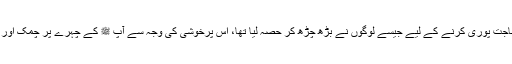
ان فقرا کی حاجت پوری کرنے کے لیے جیسے لوگوں نے بڑھ چڑھ کر حصہ لیا تھا، اس پرخوشی کی وجہ سے آپ ﷺ کے چہرے پر چمک اور روشنی تھی۔